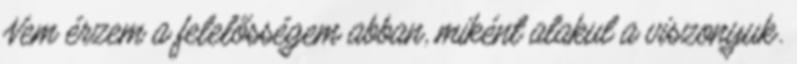
Nem érzem a felelősségem abban, miként alakul a viszonyuk.